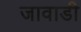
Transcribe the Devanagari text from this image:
जावाडी